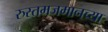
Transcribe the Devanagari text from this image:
रुस्तमजमानच्या